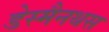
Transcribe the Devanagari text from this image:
डेस्मैनथस